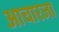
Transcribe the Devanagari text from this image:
आचारजा